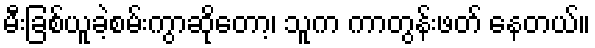
မီးခြစ်ယူခဲ့စမ်းကွာဆိုတော့၊ သူက ကာတွန်းဖတ် နေတယ်။